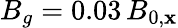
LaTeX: B_{g}=0.03\, B_{0,\mathbf{x}}